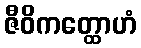
ဇီဝိကတ္ထောဟံ